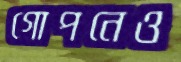
গোপনেও